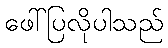
ဖေါ်ပြလိုပါသည်